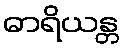
ဓာရိယန္တ